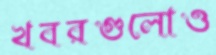
খবরগুলোও